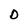
Character: D